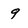
Character: 9